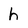
Character: h